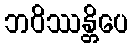
ဘဝိဿန္တိပေ